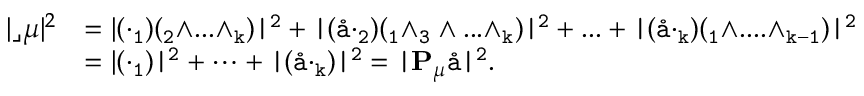
\begin{array} { r l } { | \aa \lrcorner \boldsymbol { \mu } | ^ { 2 } } & { = | ( \aa \cdot \tt _ { 1 } ) ( \tt _ { 2 } \wedge . . . \wedge \tt _ { k } ) | ^ { 2 } + | ( \aa \cdot \tt _ { 2 } ) ( \tt _ { 1 } \wedge \tt _ { 3 } \wedge . . . \wedge \tt _ { k } ) | ^ { 2 } + . . . + | ( \aa \cdot \tt _ { k } ) ( \tt _ { 1 } \wedge . . . . \wedge \tt _ { k - 1 } ) | ^ { 2 } } \\ & { = | ( \aa \cdot \tt _ { 1 } ) | ^ { 2 } + \dots + | ( \aa \cdot \tt _ { k } ) | ^ { 2 } = | { \bf P } _ { \boldsymbol { \mu } } \aa | ^ { 2 } . } \end{array}